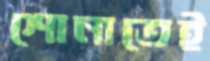
শোনাতেই